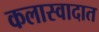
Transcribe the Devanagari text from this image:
कलास्वादात